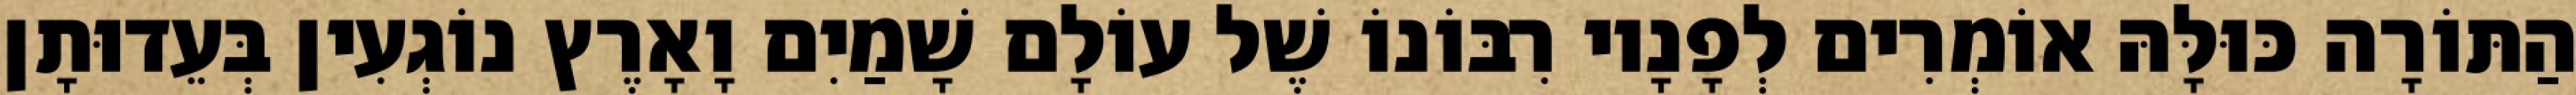
הַתּוֹרָה כּוּלָּהּ אוֹמְרִים לְפָנָיו רִבּוֹנוֹ שֶׁל עוֹלָם שָׁמַיִם וָאָרֶץ נוֹגְעִין בְּעֵדוּתָן